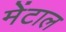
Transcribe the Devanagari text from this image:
मेंटाल